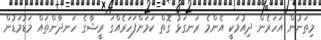
މިތަނުން އަހަރެން ދިއުމަކީ އެންމެ ރަނގަޅުު ގޮތް ކަމަށްފަހަރެއްގަ ރީޝާގެ ހަނދާންތައް މަޑުމަޑުން